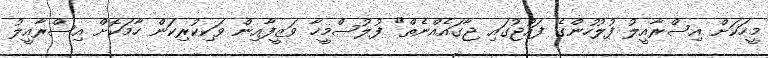
މީހަކަށް އިސްރާއީލު ފުލުހުންގެ ފައުޖުގައި ޖާގައެއްނެތް" ފުލުސްމީހާ ވަޒީފާއިން ވަކިކުރިކަން ހާމަކޮށް އިސްރާއީލު